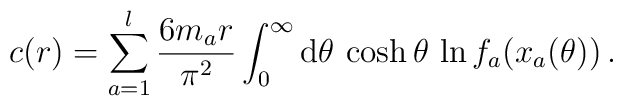
c(r)= \sum_{a=1}^l \frac{6 m_a r}{\pi^2} \int_0^{\infty} {\rm d}\theta \, \cosh \theta \, \ln f_{a} (x_a (\theta)) \,.